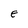
Character: E